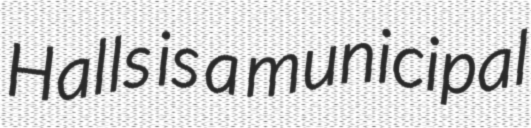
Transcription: Halls is a municipal